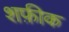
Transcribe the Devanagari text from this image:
शफ़ीक